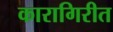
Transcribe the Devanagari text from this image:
कारागिरीत